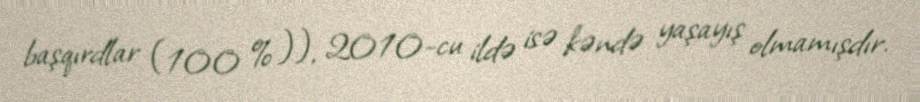
başqırdlar (100 %)), 2010-cu ildə isə kəndə yaşayış olmamışdır.